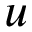
\boldsymbol { u }